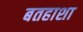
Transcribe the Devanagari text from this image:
बतहाशा